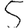
Digit: 5